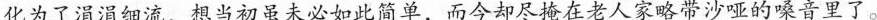
化为了涓涓细流，想当初虽未必如此简单，而今却尽掩在老人家略带沙哑的嗓音里了。